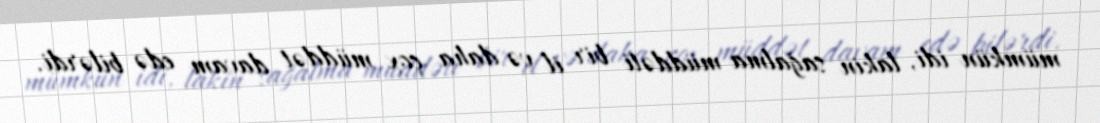
mümkün idi, lakin sağalma müddəti bir il və daha çox müddət davam edə bilərdi.